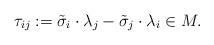
LaTeX: \begin{align*} \tau_{ij}:=\tilde\sigma_i\cdot\lambda_j-\tilde\sigma_j\cdot\lambda_i\in M. \end{align*}